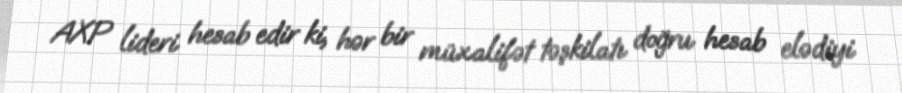
AXP lideri hesab edir ki, hər bir müxalifət təşkilatı doğru hesab elədiyi